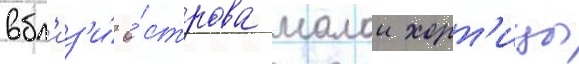
вбл'из'и́ о́строва малои хорт'ицы